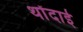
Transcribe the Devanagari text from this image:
थोंदाई